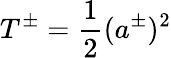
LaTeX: T^{\pm}=\frac{1}{2}(a^{\pm})^{2}